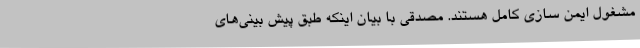
مشغول ایمن سازی کامل هستند. مصدقی با بیان اینکه طبق پیش بینی‌های